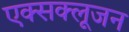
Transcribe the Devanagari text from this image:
एक्सक्लूजन